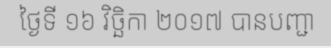
ថ្ងៃទី ១៦ វិច្ឆិកា ២០១៧ បានបញ្ជា